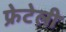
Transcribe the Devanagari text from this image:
फ्रेटेली